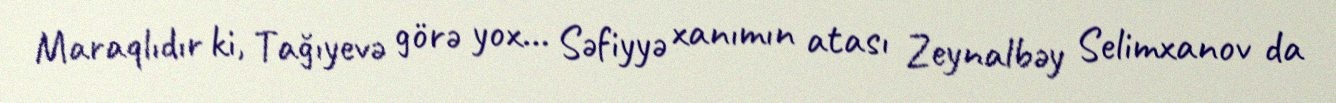
Maraqlıdır ki, Tağıyevə görə yox… Səfiyyə xanımın atası Zeynalbəy Selimxanov da